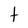
Character: t